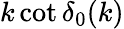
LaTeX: k\cot\delta_{0}(k)